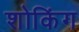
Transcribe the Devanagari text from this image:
शोकिंग